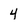
Character: 4